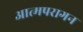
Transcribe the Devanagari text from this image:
आत्मपरागन